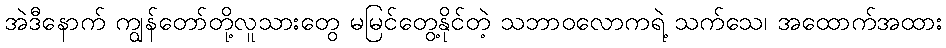
အဲဒီနောက် ကျွန်တော်တို့လူသားတွေ မမြင်တွေ့နိုင်တဲ့ သဘာဝလောကရဲ့ သက်သေ၊ အထောက်အထား